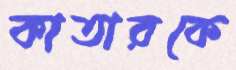
কাতারকে